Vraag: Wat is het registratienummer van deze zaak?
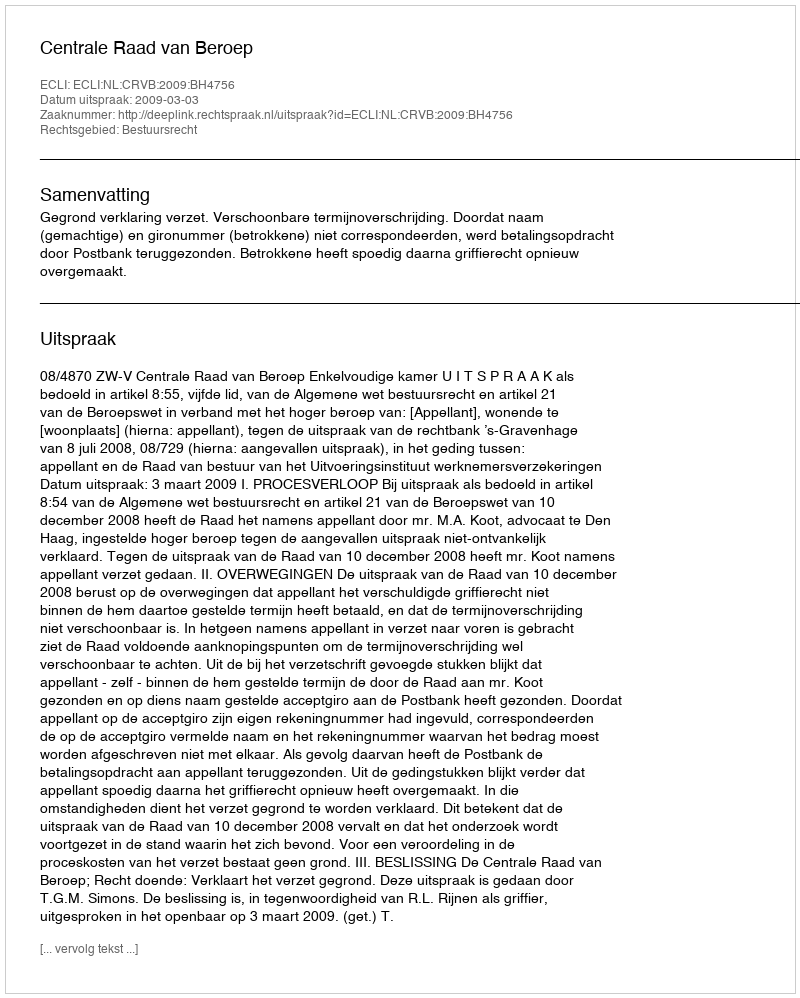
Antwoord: http://deeplink.rechtspraak.nl/uitspraak?id=ECLI:NL:CRVB:2009:BH4756